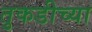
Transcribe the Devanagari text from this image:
तुकडीच्या